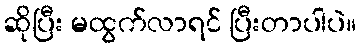
ဆိုပြီး မထွက်လာရင် ပြီးတာပါပဲ။